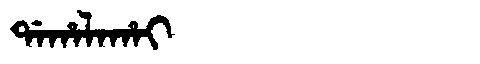
Manchu: ᡩᠠᡥᠠᠯᠠᡥᠠᡳ
Romanization: DAHALAHAI